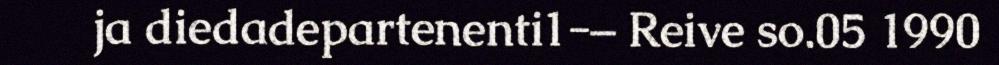
ja diedadepartenenti1-– Reive so.05 1990